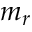
m _ { r }